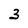
Character: 3